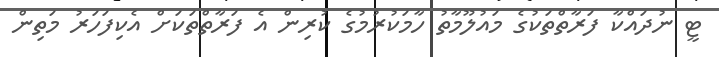
ޓީ ނުދައްކާ ފަރާތްތަކުގެ މައުލޫމާތު ހާމަކުރުމުގެ ކުރިން އެ ފަރާތްތަކަށް އެކިފަހަރު މަތިން